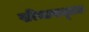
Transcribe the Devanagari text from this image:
परिघटनामूलक